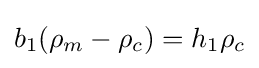
{b_{1}(\rho _{m}-\rho _{c})}=h_{1}\rho _{c}